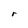
Character: r